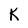
Character: K